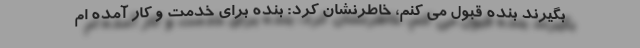
بگیرند بنده قبول می کنم، خاطرنشان کرد: بنده برای خدمت و کار آمده ام